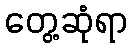
တွေ့ဆုံရာ